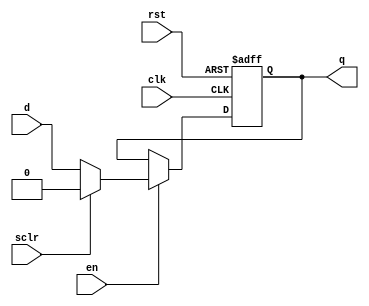
module dff_sclr (
	input wire d,
	input wire clk,
	input wire en,
	input wire sclr,
	input wire rst,
	output reg q
	);
	
	always @(posedge clk, posedge rst) begin
		if (rst)
			q <= 1'b0;
		else if (en)
			if (sclr)
				q <= 1'b0;
			else
				q <= d;
		end
endmodule